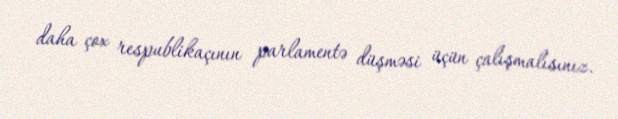
daha çox respublikaçının parlamentə düşməsi üçün çalışmalısınız.